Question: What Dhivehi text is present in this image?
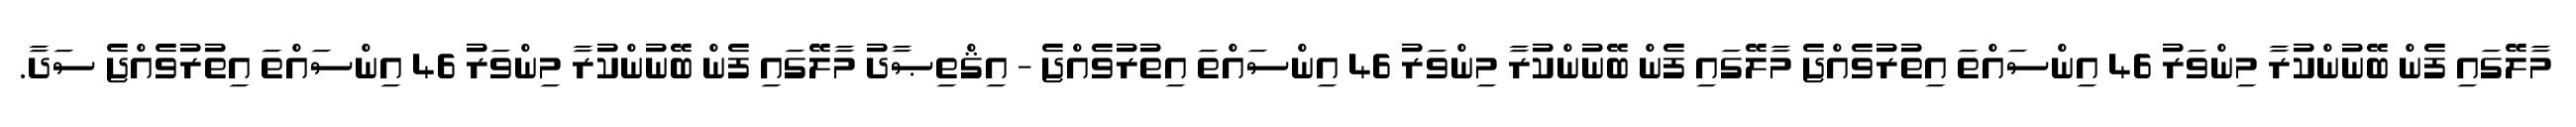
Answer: މާލޭގައި ފެން ބޭނުންކުރާ މިންވަރު 46 އިންސައްތަ އިތުރުވެއްޖެ މާލޭގައި ފެން ބޭނުންކުރާ މިންވަރު 46 އިންސައްތަ އިތުރުވެއްޖެ - އިޤްތިޞާދު މާލޭގައި ފެން ބޭނުންކުރާ މިންވަރު 46 އިންސައްތަ އިތުރުވެއްޖެ ސަދާ.